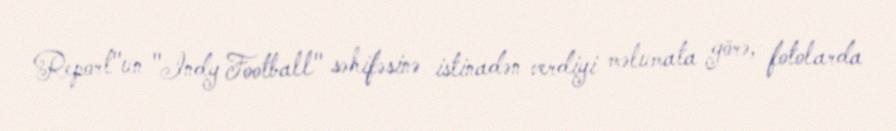
Report"un "Indy Football" səhifəsinə istinadən verdiyi məlumata görə, fotolarda